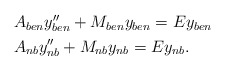
\begin{align*} \begin{aligned} & A_{ben}y''_{ben} +M_{ben}y_{ben}=Ey_{ben} \\ & A_{nb}y''_{nb} +M_{nb}y_{nb}=Ey_{nb}.\end{aligned}\end{align*}